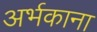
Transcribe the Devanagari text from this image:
अर्भकाना